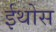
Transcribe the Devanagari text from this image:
ईथोस